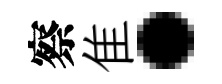
察隹·